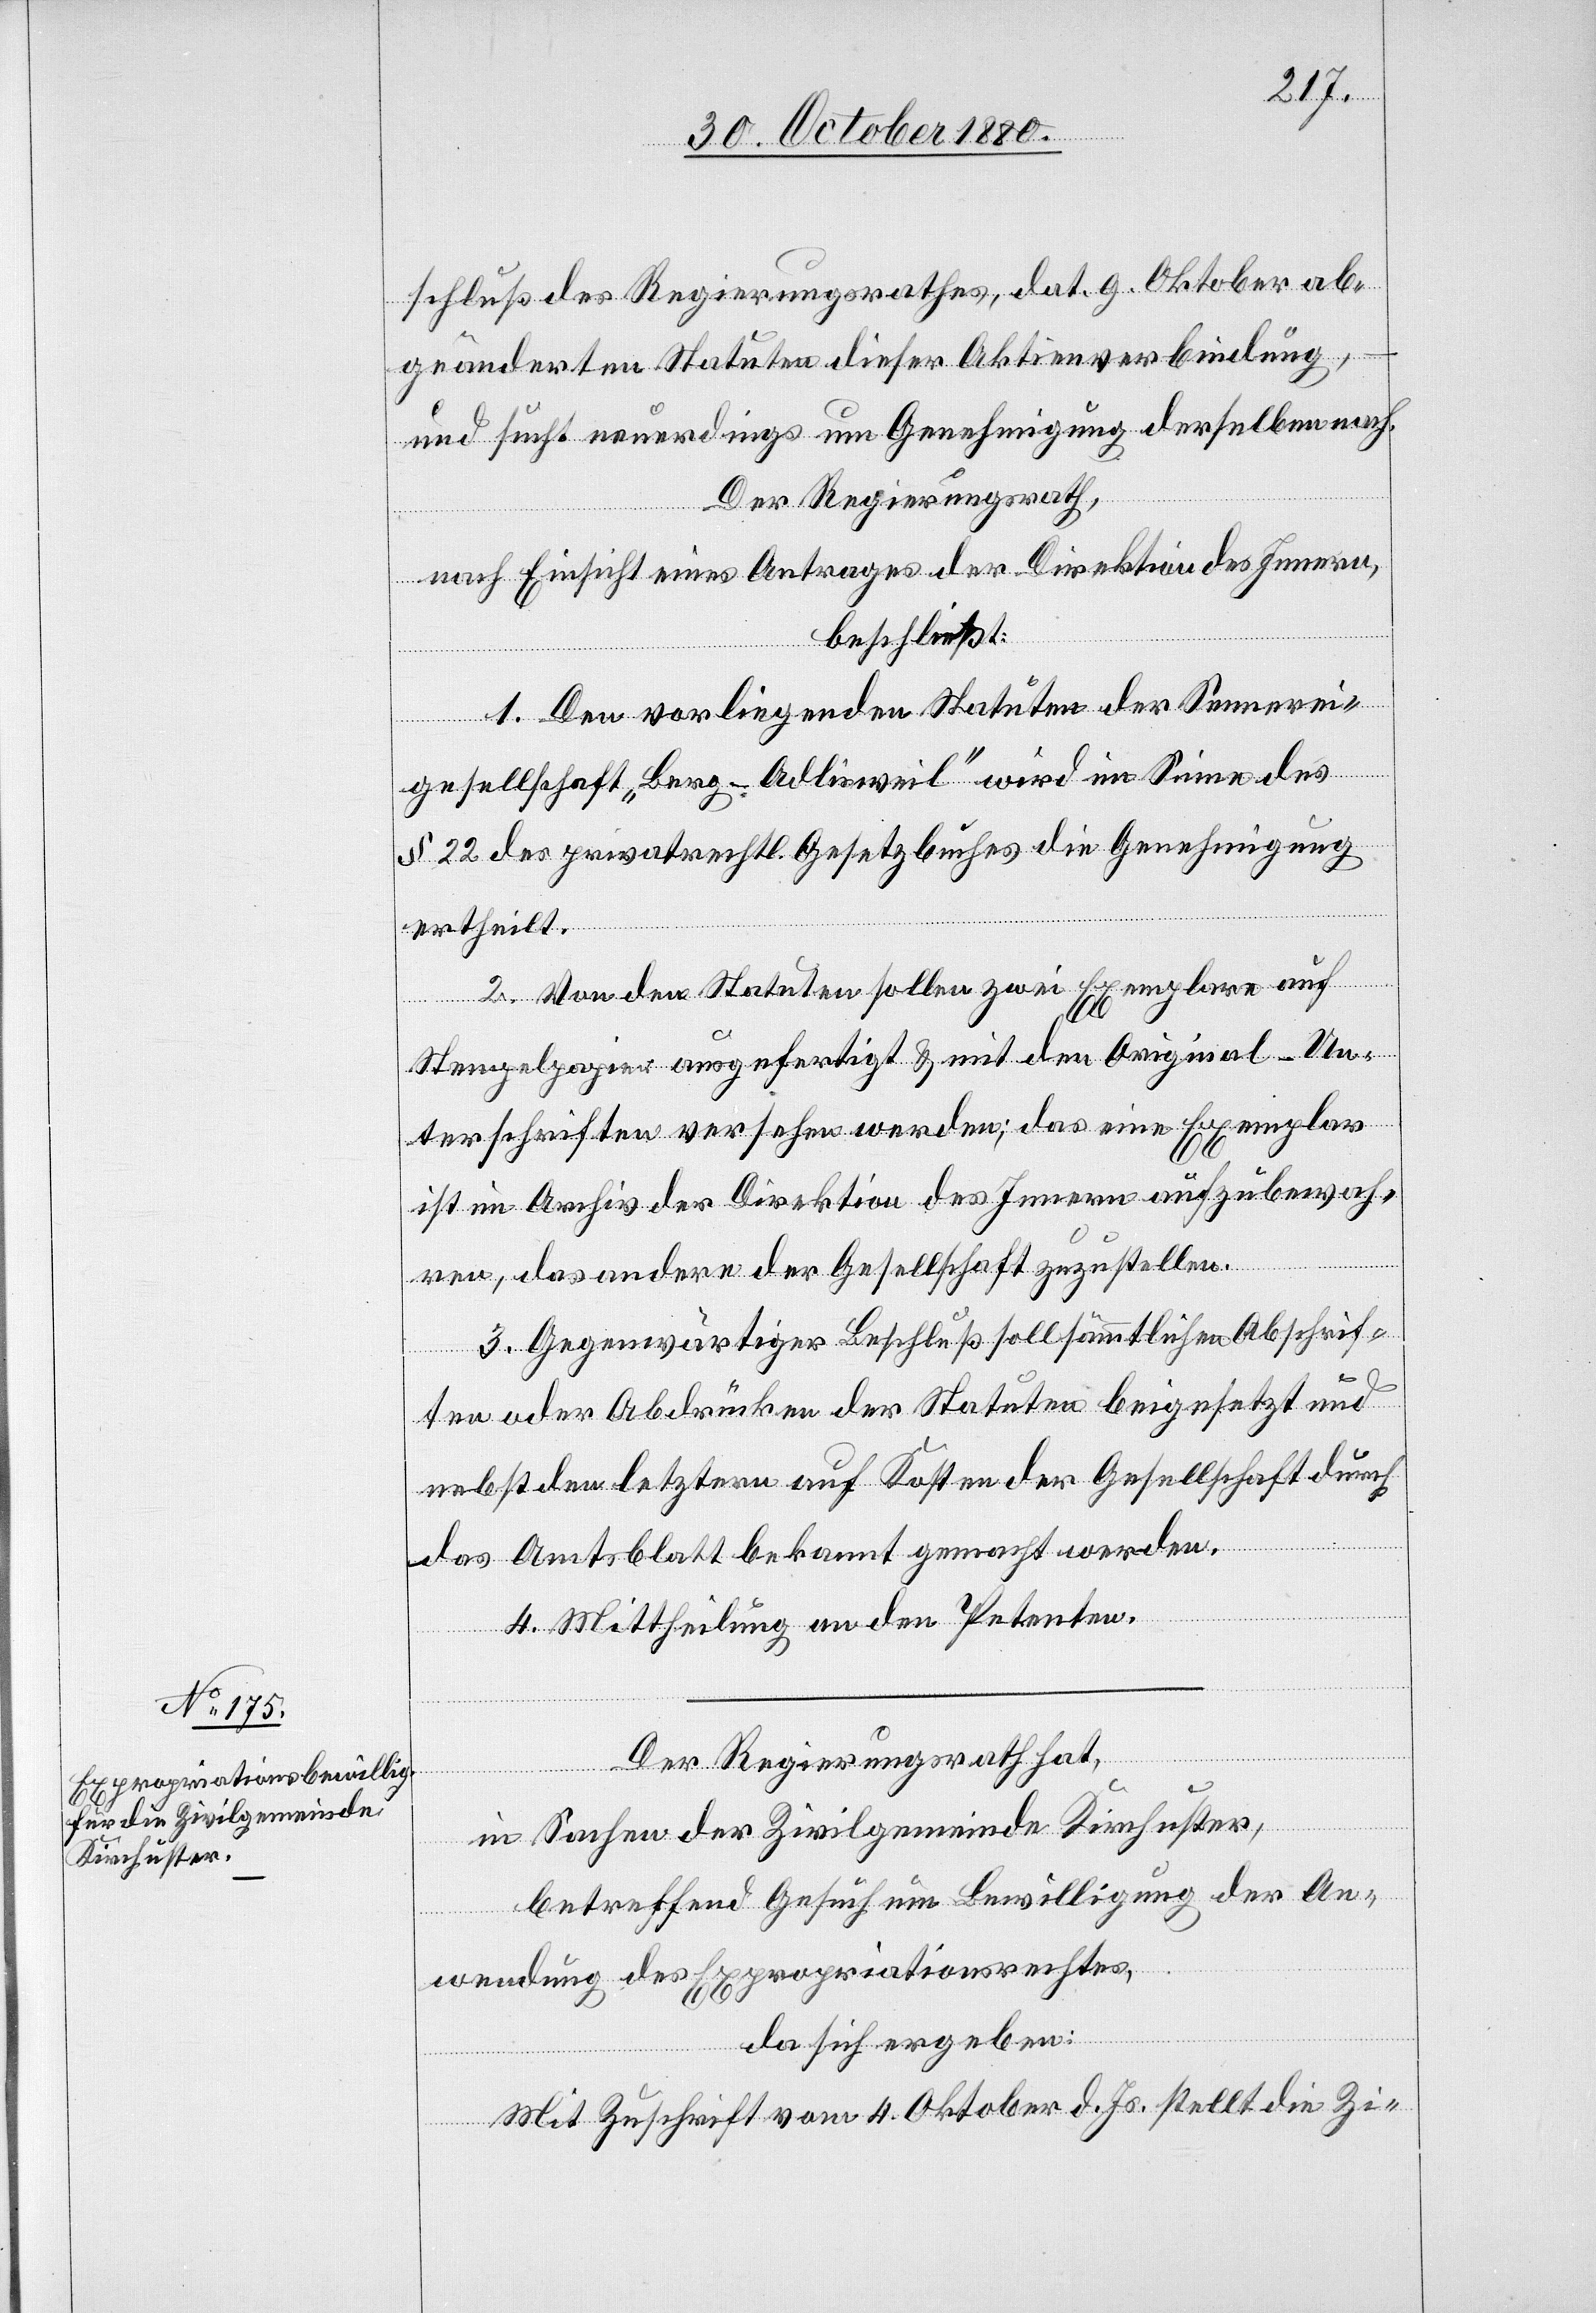
schluß des Regierungsrathes, dat. 9. Oktober ab¬
geänderten Statuten dieser Aktienverbindung,
und sucht neuerdings um Genehmigung derselben nach.
Der Regierungsrath,
nach Einsicht eines Antrages der Direktion des Innern,
beschließt:
1. Den vorliegenden Statuen der Sennerei¬
gesellschaft „Berg - Adlisweil“ wird im Sinne des
§ 22 des privatrechtl. Gesetzbuches die Genehmigung
ertheilt.
2. Von den Statuten sollen zwei Exemplare auf
Stempelpapier ausgefertigt & mit den Original-Un¬
terschriften versehen werden; das eine Exemplar
ist im Archiv der Direktion des Innern aufzubewah¬
ren, das andere der Gesellschaft zuzustellen.
3. Gegenwärtiger Beschluß soll sämmtlichen Abschrif¬
ten oder Abdrücken der Statuten beigesetzt und
nebst den letztern auf Kosten der Gesellschaft durch
das Amtsblatt bekannt gemacht werden.
4. Mittheilung an den Petenten.
Der Regierungsrath hat,
in Sachen der Zivilgemeinde Kirchuster,
betreffend Gesuch um Bewilligung der An¬
wendung des Expropriationsrechtes,
da sich ergeben:
Mit Zuschrift vom 4. Oktober d. Js. stellt die Zi-